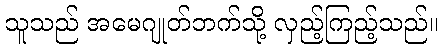
သူသည် အမေဂျုတ်ဘက်သို့ လှည့်ကြည့်သည်။